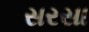
સરસા